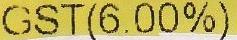
GST(6.00%)